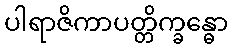
ပါရာဇိကာပတ္တိက္ခန္ဓော